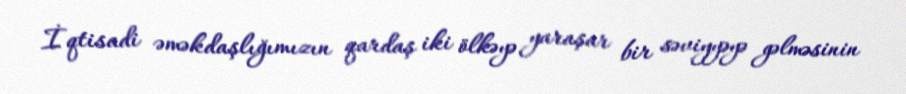
İqtisadi əməkdaşlığımızın qardaş iki ölkəyə yaraşar bir səviyyəyə gəlməsinin